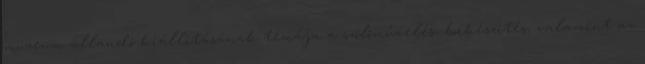
múzeum állandó kiállításának témája a szőlőművelés, borkészítés, valamint az